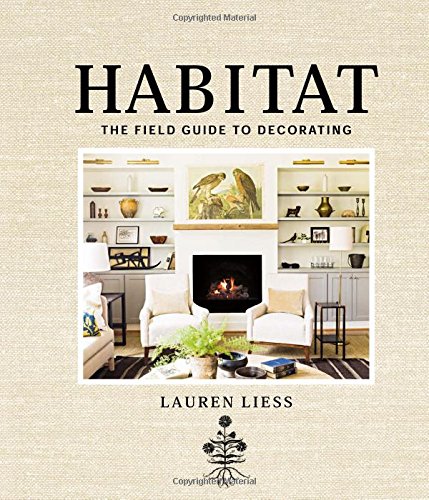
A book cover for Habitat: The Field Guide to Decorating; Lauren Liess; Crafts, Hobbies & Home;